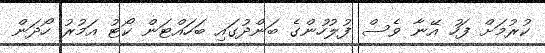
ކުރުމަށް ފަހު އޭނާ ވެސް ފުލުހުންގެ ބަންދުގައި ބަހައްޓަން ކޯޓު އަމުރު ހޯދަން